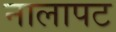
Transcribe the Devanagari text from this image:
नालापट